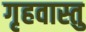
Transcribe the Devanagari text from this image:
गृहवास्तु